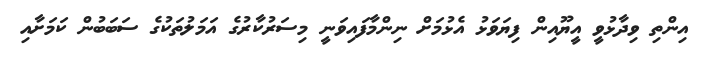
އިންތި ވިދާޅުވީ އީޔޫއިން ފިޔަވަޅު އެޅުމަށް ނިންމާފައިވަނީ މިސަރުކާރުގެ އަމަލުތަކުގެ ސަބަބުން ކަމަށާއި